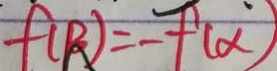
f ( R ) = - f ( \alpha )